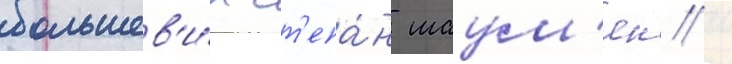
большев'и́к ст'епа́н шаум'ян /